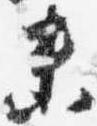
未